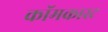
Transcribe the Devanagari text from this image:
कॉमकास्‍ट